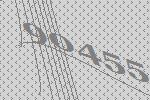
90455